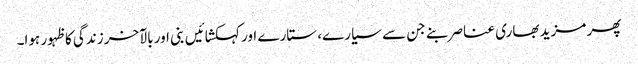
پھر مزید بھاری عناصر بنے جن سے سیارے، ستارے اور کہکشائیں بنی اور بالآخر زندگی کا ظہور ہوا۔